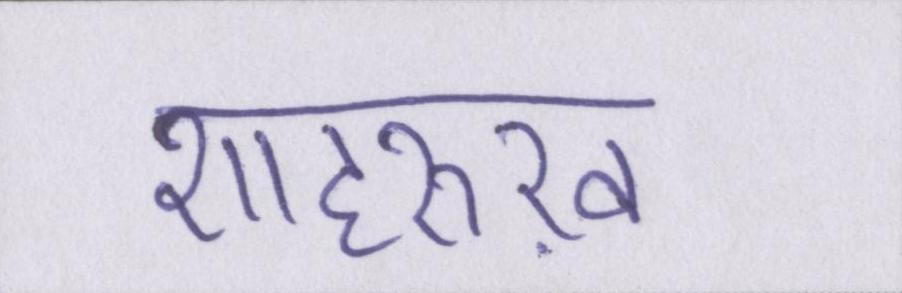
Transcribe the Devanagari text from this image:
शाहरुख़